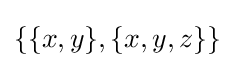
\{\{x,y\},\{x,y,z\}\}